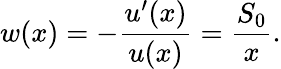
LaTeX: w(x)=-\frac{u^{\prime}(x)}{u(x)}=\frac{S_{0}}{x}.